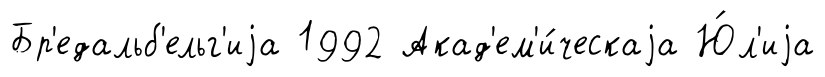
Бр'едальб'ельг'иjа 1992 Акад'ем'и́ческаjа Ю́л'иjа